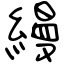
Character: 縵